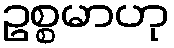
ဥစ္စမာဟု